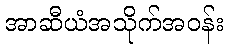
အာဆီယံအသိုက်အဝန်း